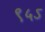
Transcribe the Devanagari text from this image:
९५ऽ